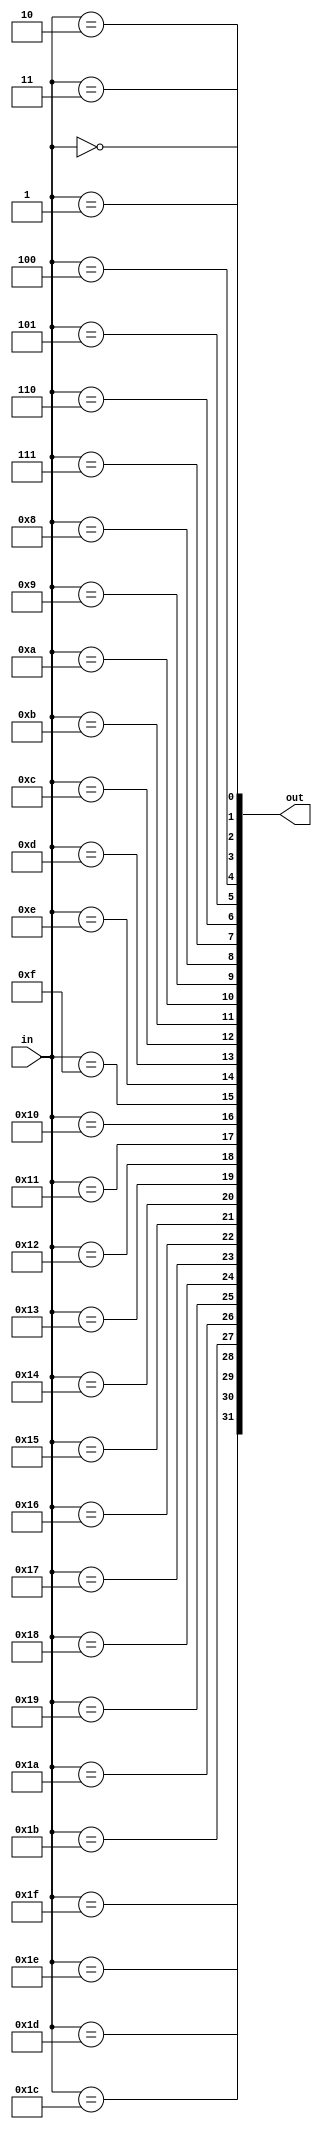
module decoder_5_32(
    input  wire [ 4:0] in,
    output wire [31:0] out   //reg
);

genvar i;
generate for (i=0; i<32; i=i+1) begin : gen_for_dec_5_32
    assign out[i] = (in == i);
end endgenerate

endmodule


module decoder_6_64(
    input  wire [ 5:0] in,
    output wire [63:0] out   //reg
);

genvar i;
generate for (i=0; i<63; i=i+1) begin : gen_for_dec_6_64
    assign out[i] = (in == i);
end endgenerate

endmodule